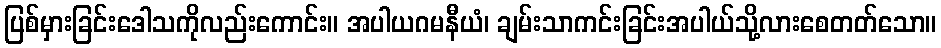
ပြစ်မှားခြင်းဒေါသကိုလည်းကောင်း။ အပါယဂမနီယံ၊ ချမ်းသာကင်းခြင်းအပါယ်သို့လားစေတတ်သော။